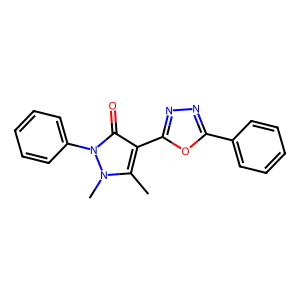
SMILES: Cc1c(-c2nnc(-c3ccccc3)o2)c(=O)n(-c2ccccc2)n1C
Inhibits HIV replication: No